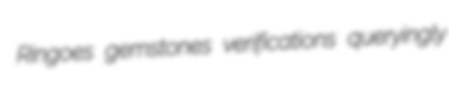
Ringoes gemstones verifications queryingly